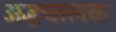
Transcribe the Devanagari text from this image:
अद्धचालक